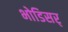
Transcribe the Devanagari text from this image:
भोडिसर्